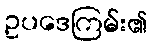
ဥပဒေကြမ်း၏